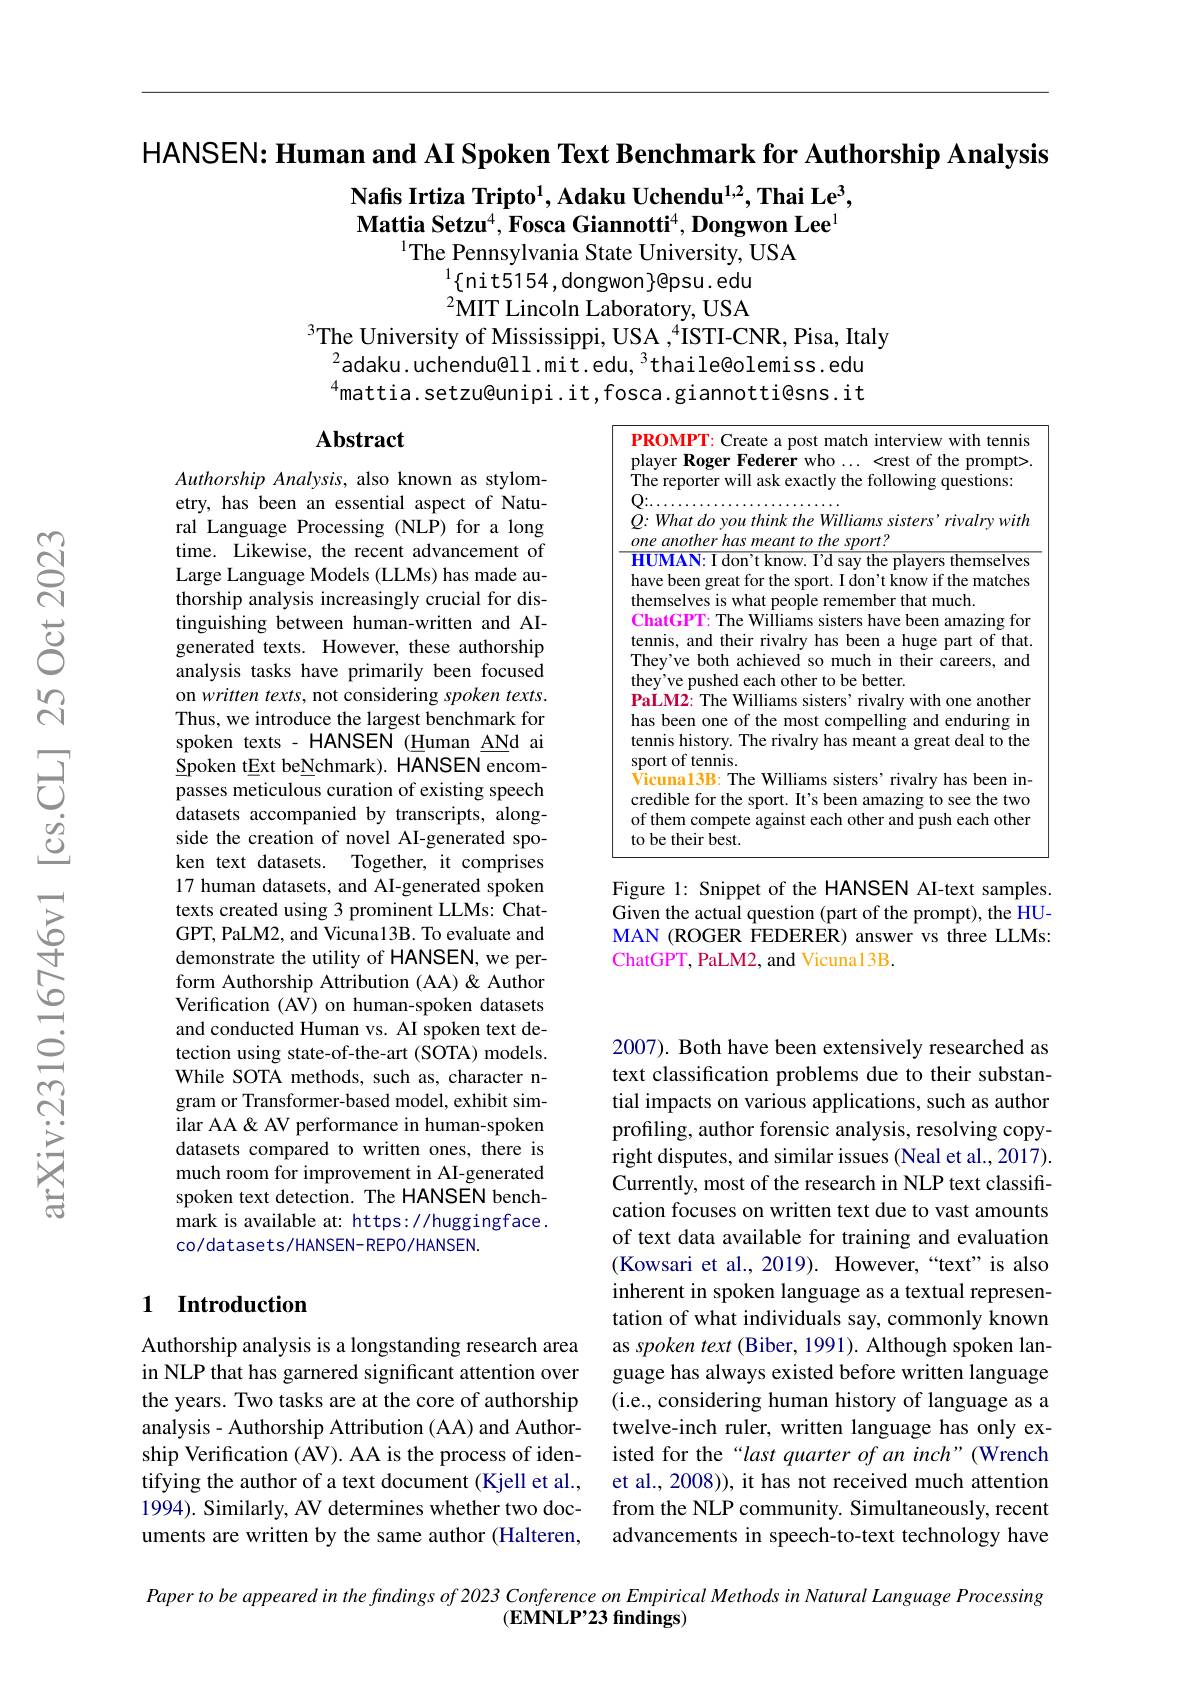
HANSEN: Human and AI Spoken Text Benchmark for Authorship Analysis

$\textbf{Nafis Irtiza Tripto}^1$,Adaku Uchendu$^1,2,\textbf{Thai Le}^3$, $\textbf{Mattia Setzu}^4,\textbf{Fosca Giannotti}^4,\textbf{Dongwon Lee}^1$
$^{1}$The Pennsylvania State University, USA

$^{1}\{$nit5154,dongwon$\}$@psu.edu $^{2}$MIT Lincoln Laboratory, USA
$^3$The University of Mississippi, USA $,^4$ISTI-CNR, Pisa, Italy
$^{2}$adaku.uchendu@ll.mit.edu,$^3$thaile@olemiss.edu $^{4}$mattia.setzu@unipi. it, fosca. giannotti@sns. it

## Abstract

PROMPT: Create a post match interview with tennis player Roger Federer who...<rest of the prompt>. The reporter will ask exactly the following questions: $Q{:}\ldots$
$\dot{Q}{:}WhatdoyouthinktheWilliamssisters’rivalrywith$
$oneanotherhasmeanttothesport?$
HUMAN: I don't know. I'd say the players themselves have been great for the sport. I don't know if the matches themselves is what people remember that much.
ChatGPT: The Williams sisters have been amazing for tennis, and their rivalry has been a huge part of that. They've both achieved so much in their careers, and they've pushed each other to be better.
PaLM2: The Williams sisters’ rivalry with one another has been one of the most compelling and enduring in tennis history. The rivalry has meant a great deal to the sport of tennis.
$\dot{\text{Vicuna13B: The Williams sisters' rivalry has been in-}}$ credible for the sport. It's been amazing to see the two of them compete against each other and push each other to be their best.

Authorship Analysis, also known as stylometry, has been an essential aspect of Natural Language Processing (NLP) for a long time. Likewise, the recent advancement of Large Language Models (LLMs) has made authorship analysis increasingly crucial for distinguishing between human-written and AIgenerated texts. However, these authorship analysis tasks have primarily been focused on written texts, not considering spoken texts. Thus, we introduce the largest benchmark for spoken texts - HANSEN (Human ANd ai Spoken tExt beNchmark). HANSEN encompasses meticulous curation of existing speech datasets accompanied by transcripts, alongside the creation of novel AI-generated spoken text datasets. Together, it comprises 17 human datasets, and AI-generated spoken texts created using 3 prominent LLMs: ChatGPT, PaLM2, and Vicuna13B. To evaluate and demonstrate the utility of HANSEN, we perform Authorship Attribution (AA) & Author Verification (AV) on human-spoken datasets and conducted Human vs. AI spoken text detection using state-of-the-art (SOTA) models. While SOTA methods, such as, character ngram or Transformer-based model, exhibit similar AA & AV performance in human-spoken datasets compared to written ones, there is much room for improvement in AI-generated spoken text detection. The HANSEN benchmark is available at: https://huggingface. co/datasets/HANSEN-REPO/HANSEN.

Figure 1: Snippet of the HANSEN AI-text samples. Given the actual question (part of the prompt), the HUMAN (ROGER FEDERER) answer vs three LLMs: ChatGPT, PaLM2, and Vicuna13B.

2007). Both have been extensively researched as text classification problems due to their substantial impacts on various applications, such as author profiling, author forensic analysis, resolving copyright disputes, and similar issues (Neal et al., 2017). Currently, most of the research in NLP text classification focuses on written text due to vast amounts of text data available for training and evaluation (Kowsari et al., 2019). However,“text" is also inherent in spoken language as a textual representation of what individuals say, commonly known as spoken text (Biber, 1991). Although spoken language has always existed before written language (i.e., considering human history of language as a twelve-inch ruler, written language has only existed for the“last quarter of an inch”(Wrench et al., 2008)), it has not received much attention from the NLP community. Simultaneously, recent advancements in speech-to-text technology have

## 1 Introduction

Authorship analysis is a longstanding research area in NLP that has garnered significant attention over the years. Two tasks are at the core of authorship analysis - Authorship Attribution (AA) and Authorship Verification (AV). AA is the process of identifying the author of a text document (Kjell et al., 1994). Similarly, AV determines whether two documents are written by the same author (Halteren,

$\begin{aligned}\text{Paper to be appeared in the findings of 2023 Conference on Empirical Methods in Natural Language Processing}\\&(\textbf{EMNLP'23 findings)}\end{aligned}$